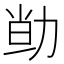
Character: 𠡱